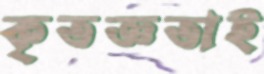
কৃতজ্ঞতাই